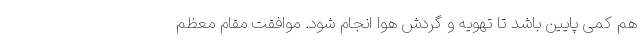
هم کمی پایین باشد تا تهویه و گردش هوا انجام شود. موافقت مقام معظم